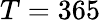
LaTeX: T=365